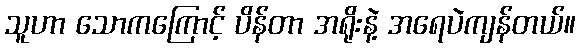
သူဟာ သောကကြောင့် ပိန်တာ အရိုးနဲ့ အရေပဲကျန်တယ်။